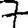
Digit: 7